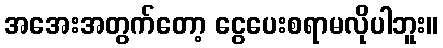
အအေးအတွက်တော့ ငွေပေးစရာမလိုပါဘူး။